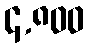
၄,၈၀၀